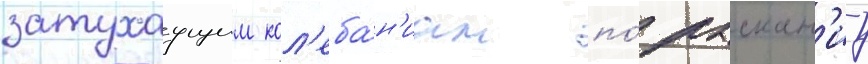
затухаущим кол'еба́н'иам по́ рыскан'иу